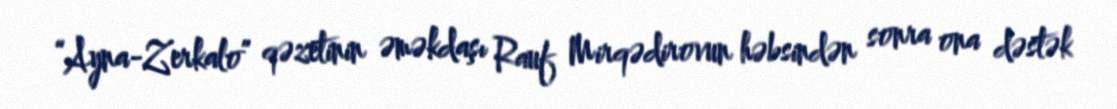
“Ayna-Zerkalo” qəzetinin əməkdaşı Rauf Mirqədirovun həbsindən sonra ona dəstək